Insane asylums Bombay 1873-77 - 1873-1877
Year: 1873
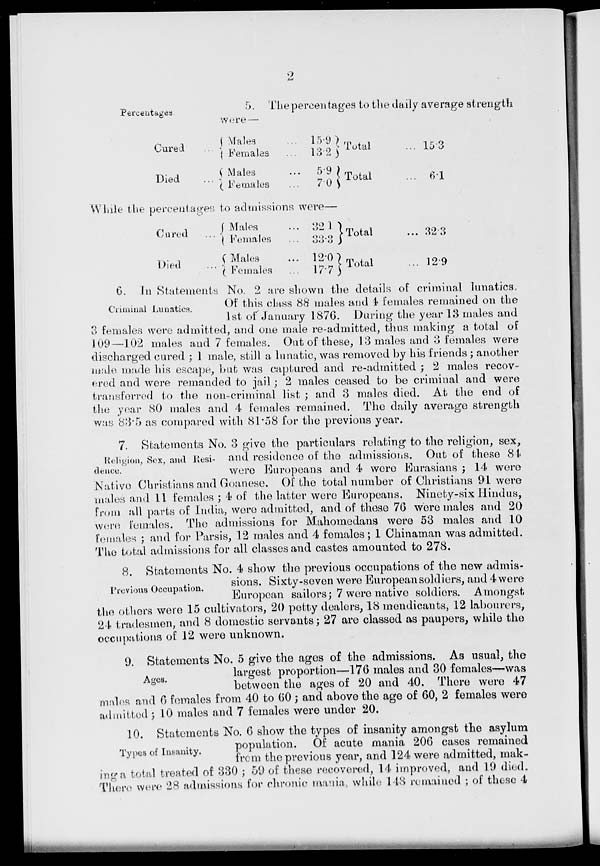
2
Percentages.
5. The percentages to the daily average strength
were —
Cured ...
Died ...
Males ...
Females ...
Males ...
Females ...
15.9
13.2
5.9
7.0
Total ...
Total ...
15.3
6.1
While the percentages to admissions were—
Cured ...
Died ...
Males ...
Females ...
Males ...
Females ...
32.1
33.3
12.0
17.7
Total
Total
... 32.3
... 12.9
Criminal Lunatics.
6. In Statements No. 2 are shown the details of criminal lunatics,
Of this class 88 males and 4 females remained on the
1st of January 1876. During the year 13 males and
3 females were admitted, and one male re-admitted, thus making a total of
109—102 males and 7 females. Out of these, 13 males and 3 females were
discharged cured ; 1 male, still a lunatic, was removed by his friends ; another
male made his escape, but was captured and re-admitted ; 2 males recov-
ered and were remanded to jail; 2 males ceased to be criminal and were
transferred to the non-criminal list ; and 3 males died. At the end of
the year 80 males and 4 females remained. The daily average strength
was 83.5 as compared with 81.58 for the previous year.
Religion, Sex, and Resi-
dence.
7. Statements No. 3 give the particulars relating to the religion, sex,
and residence of the admissions. Out of these 84
were Europeans and 4 were Eurasians ; 14 were
Native Christians and Goanese. Of the total number of Christians 91 were
males and 11 females ; 4 of the latter were Europeans. Ninety-six Hindus,
from all parts of India, were admitted, and of these 76 were males and 20
were females. The admissions for Mahomedans were 53 males and 10
females ; and for Parsis, 12 males and 4 females; 1 Chinaman was admitted.
The total admissions for all classes and castes amounted to 278.
Previous Occupation.
8. Statements No. 4 show the previous occupations of the new admis-
sions. Sixty-seven were European soldiers, and 4 were
European sailors; 7 were native soldiers. Amongst
the others were 15 cultivators, 20 petty dealers, 18 mendicants, 12 labourers,
24 tradesmen, and 8 domestic servants; 27 are classed as paupers, while the
occupations of 12 were unknown.
Ages.
9. Statements No. 5 give the ages of the admissions. As usual, the
largest proportion—176 males and 30 females—was
between the ages of 20 and 40. There were 47
males and 6 females from 40 to 60 ; and above the age of 60, 2 females were
admitted : 10 males and 7 females were under 20.
Types of Insanity.
10. Statements No. 6 show the types of insanity amongst the asylum
population. Of acute mania 206 cases remained
from the previous year, and 124 were admitted, mak-
ing a total treated of 330 ; 59 of these recovered, 14 improved, and 19 died.
There were 28 admissions for chronic mania, while 148 remained ; of these 4